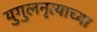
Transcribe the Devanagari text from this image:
युगुलनृत्याच्या